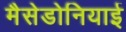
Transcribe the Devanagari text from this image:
मैसेडोनियाई